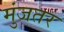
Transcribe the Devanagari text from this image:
मुंजतर